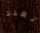
تعدد